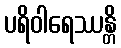
ပရိဝါရေဿန္တိ